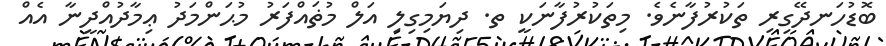
ބޮޑުހަނދޭގިރި ތަކުރުފާނެވެ. މިތަކުރުފާނަކީ ތ. ދިޔަމިގިލި އަލް މުޡައްފަރު މުޙަންމަދު ޢިމާދުއްދީނާ އެއް